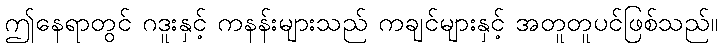
ဤနေရာတွင် ဂဒူးနှင့် ကနန်းများသည် ကချင်များနှင့် အတူတူပင်ဖြစ်သည်။